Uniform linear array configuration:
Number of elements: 24
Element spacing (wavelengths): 0.5
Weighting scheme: uniform
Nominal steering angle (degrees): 15
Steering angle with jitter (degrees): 13.486
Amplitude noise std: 0.05
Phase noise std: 0.05

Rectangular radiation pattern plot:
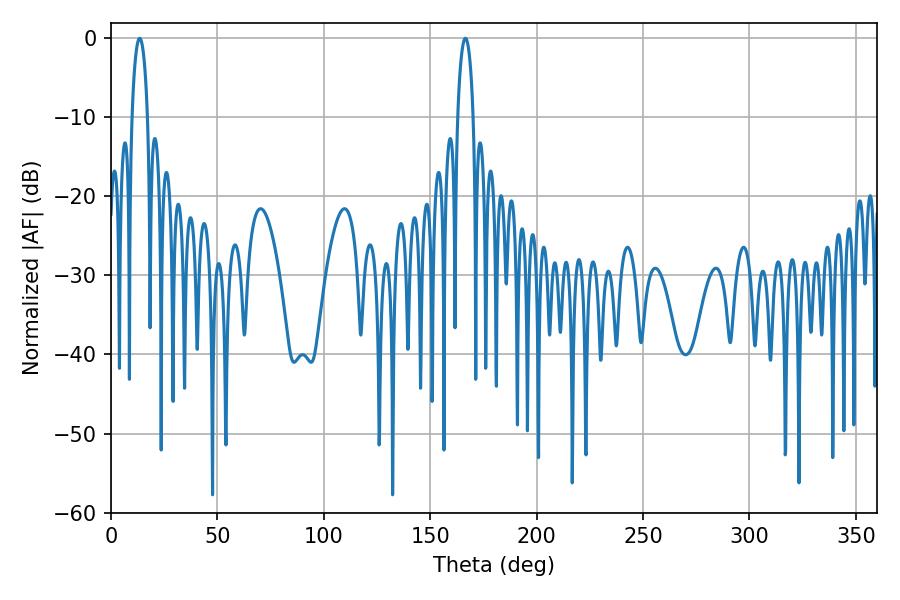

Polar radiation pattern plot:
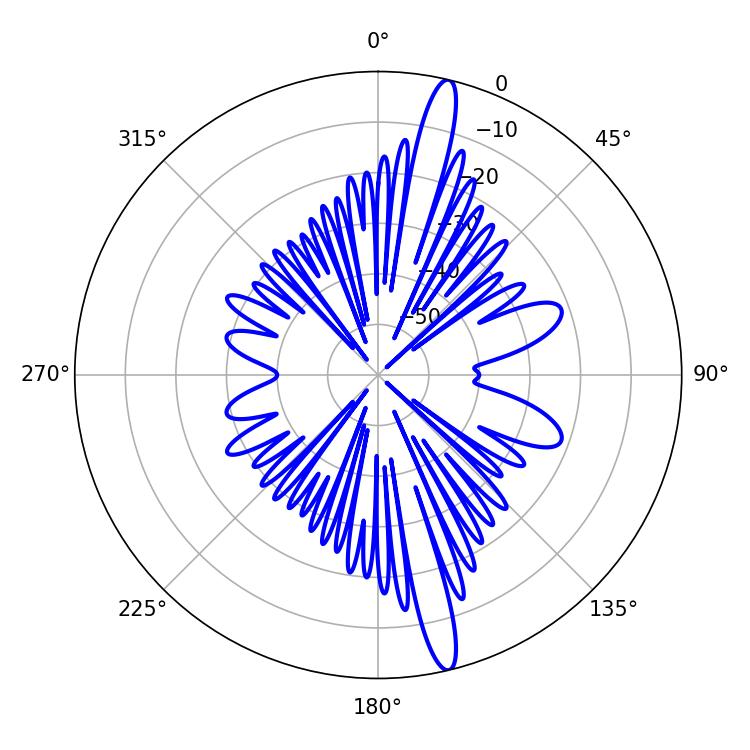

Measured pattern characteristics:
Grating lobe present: FALSE
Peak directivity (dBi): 16.887
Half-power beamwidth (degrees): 4.14
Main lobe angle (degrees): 13.5